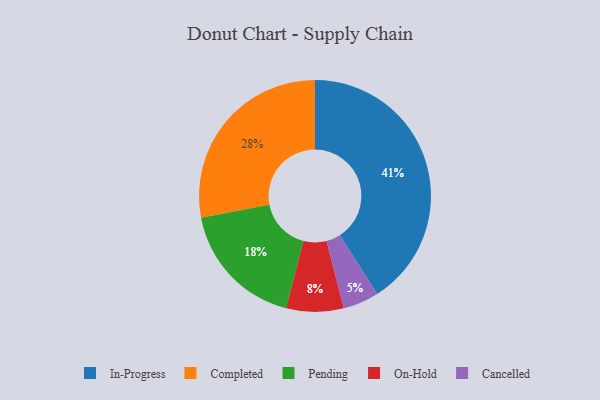
{"axis": {"x": "Category", "y": "Percentage"}, "legend": ["Cancelled", "Completed", "In-Progress", "On-Hold", "Pending"], "data": [{"x": "In-Progress", "y": 41, "type": "In-Progress"}, {"x": "Completed", "y": 28, "type": "Completed"}, {"x": "On-Hold", "y": 8, "type": "On-Hold"}, {"x": "Pending", "y": 18, "type": "Pending"}, {"x": "Cancelled", "y": 5, "type": "Cancelled"}]}